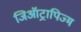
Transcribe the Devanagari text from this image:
जिऑट्रापिज्म